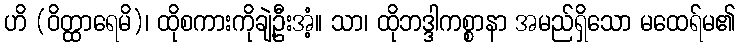
ဟိ (ဝိတ္ထာရေမိ)၊ ထိုစကားကိုချဲ့ဦးအံ့။ သာ၊ ထိုဘဒ္ဒါကစ္စာနာ အမည်ရှိသော မထေရ်မ၏